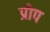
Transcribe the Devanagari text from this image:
प्रोप